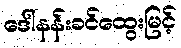
ဒေါ်နန်းခင်ထွေးမြင့်